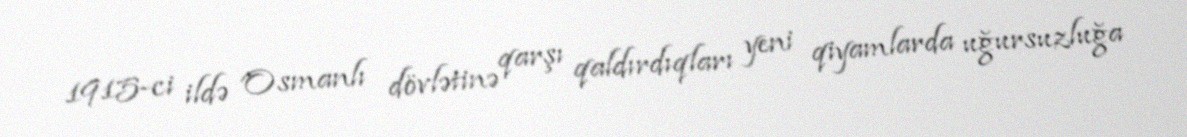
1915-ci ildə Osmanlı dövlətinə qarşı qaldırdıqları yeni qiyamlarda uğursuzluğa